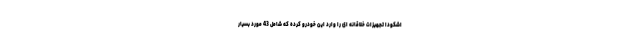
اشکودا تجهیزات خلاقانه ای را وارد این خودرو کرده که شامل 43 مورد بسیار